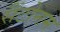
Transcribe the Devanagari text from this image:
सैंटोनम